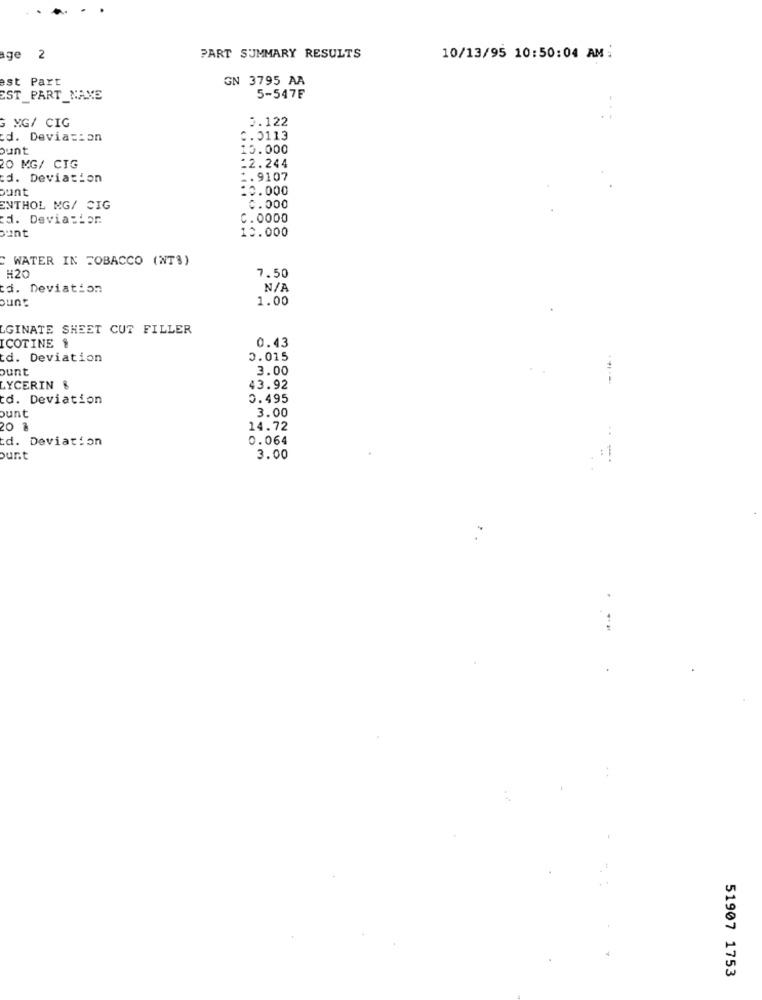
ge 2
PART SUMMARY RESULTS
10/13/95 10:50:04 AM :
est Part
GN 3795 AA
EST_PART_MAXE
5-547F
G MG/ CIG
0.122
d. Deviasson
C.0113
15.000
20 MG/ CIG
=2.244
cd. Deviation
1. 9107
bunt
:0.000
ENTHOL MG/ CIG
0.000
cd. Deviation
C.0000
bunt
10.000
C WATER IN TOBACCO (NT$)
#20
7.50
td. Deviation
Fund
1.00
LGINATE SHEET CUT FILLER
0.43
ICOTINE &
td. Deviation
0.015
ount
3.00
LYCERIN &
43.92
td. Deviation
0.495
3.00
ount
20 1
14.72
td. Deviation
0.064
ount
3.00
-
51907 1753